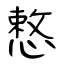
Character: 慗